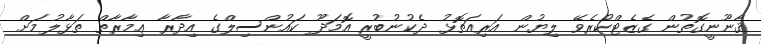
ޤާނޫނީގޮތުން ގެޒެޓްކުރެވޭ ލިޔުން އަރިއަތޮޅު ދެކުނުބުރީ އޮމަދޫ ކައުންސިލްގެ އިދާރާ ޢިމާރާތް ތަޅާލުމަށް